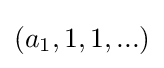
(a_{1},1,1,...)